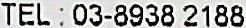
TEL : 03-8938 2188